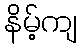
နိမ့်ကျ